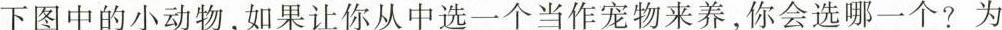
下图中的小动物，如果让你从中选一个当作宠物来养，你会选哪一个?为